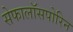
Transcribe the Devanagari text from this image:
सेफालॉसपोरिन